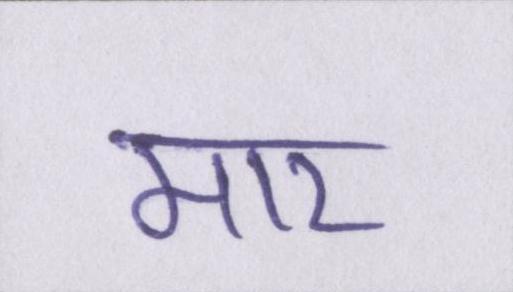
मार